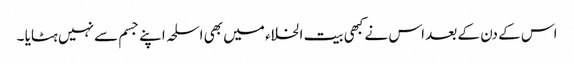
اس کے دن کے بعد اس نے کبھی بیت الخلاء میں بھی اسلحہ اپنے جسم سے نہیں ہٹایا ۔